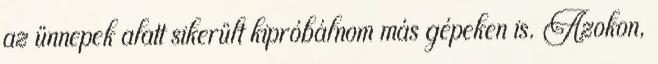
az ünnepek alatt sikerült kipróbálnom más gépeken is. Azokon,